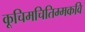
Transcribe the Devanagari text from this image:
कूचिमचितिम्मकवि